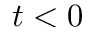
t < 0